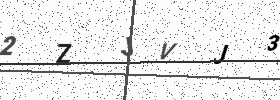
Text: 2ZJVJ3